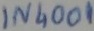
Text: IN4001